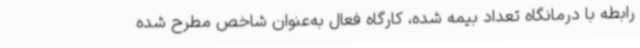
رابطه با درمانگاه تعداد بیمه شده، کارگاه فعال به‌عنوان شاخص مطرح شده